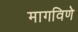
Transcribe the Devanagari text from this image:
मागविणे